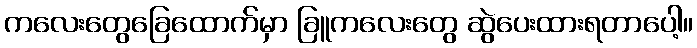
ကလေးတွေခြေထောက်မှာ ခြူကလေးတွေ ဆွဲပေးထားရတာပေါ့။